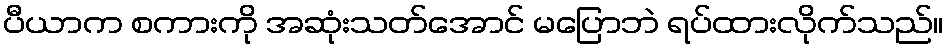
ပီယာက စကားကို အဆုံးသတ်အောင် မပြောဘဲ ရပ်ထားလိုက်သည်။